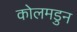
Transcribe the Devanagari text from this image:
कोलमडुन